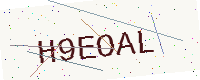
Text: H9EOAL